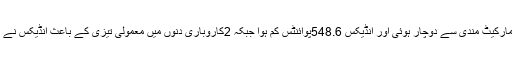
گذشتہ ہفتہ5کاروباری دنوں میں مارکیٹ مندی سے دوچار ہوئی اور انڈیکس 548.6پوائنٹس کم ہوا جبکہ 2کاروباری دنوں میں معمولی تیزی کے باعث انڈیکس نے 180.07پوائنٹس کو ریکور کیا ۔